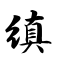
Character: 缜